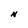
Character: N